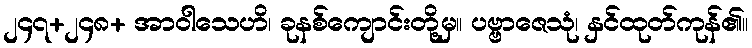
၂၄၇+၂၄၈+ အာဝါသေဟိ၊ ခုနစ်ကျောင်းတို့မှ။ ပဗ္ဗာဇေသုံ၊ နှင်ထုတ်ကုန်၏။